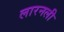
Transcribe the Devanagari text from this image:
लारनली